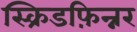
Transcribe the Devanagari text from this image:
स्क्रिडफ़िन्नर